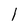
Character: 1